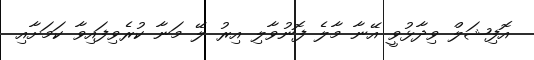
އޮފިޝަލް ވިދާޅުވީ އޭނާ މާލެ ފޮނުވާލި އިރު ލޭ މަނާ ކުރެވިފައިވާ ކަމަށާއި